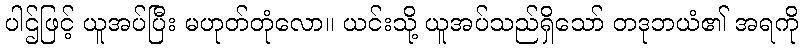
ပါဌ်ဖြင့် ယူအပ်ပြီး မဟုတ်တုံလော။ ယင်းသို့ ယူအပ်သည်ရှိသော် တဒုဘယံ၏ အရကို